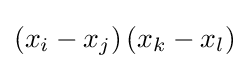
(x_{i}-x_{j})\,(x_{k}-x_{l})